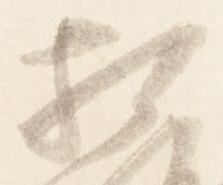
相